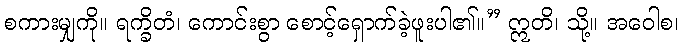
စကားမျှကို။ ရက္ခိတံ၊ ကောင်းစွာ စောင့်ရှောက်ခဲ့ဖူးပါ၏။” ဣတိ၊ သို့။ အဝေါစ၊